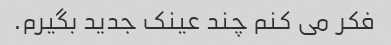
فکر می کنم چند عینک جدید بگیرم.